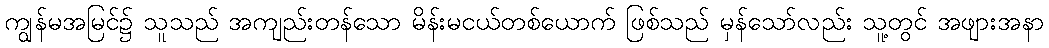
ကျွန်မအမြင်၌ သူသည် အကျည်းတန်သော မိန်းမငယ်တစ်ယောက် ဖြစ်သည် မှန်သော်လည်း သူ့တွင် အဖျားအနာ